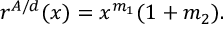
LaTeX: r ^ { A / d } ( x ) = x ^ { m _ { 1 } } ( 1 + m _ { 2 } ) .